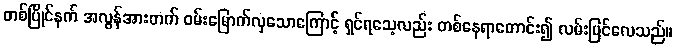
တစ်ပြိုင်နက် အလွန်အားတက် ဝမ်းမြောက်လှသောကြောင့် ရှင်ရသေ့လည်း တစ်နေရာတောင်း၍ လမ်းပြင်လေသည်။